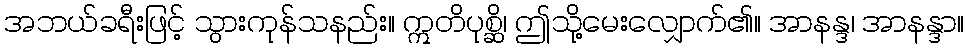
အဘယ်ခရီးဖြင့် သွားကုန်သနည်း။ ဣတိပုစ္ဆိ၊ ဤသို့မေးလျှောက်၏။ အာနန္ဒ၊ အာနန္ဒာ။